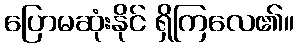
ပြောမဆုံးနိုင် ရှိကြလေ၏။